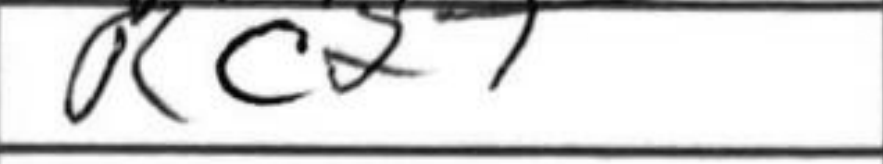
Transcription: Rc2+